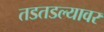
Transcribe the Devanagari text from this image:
तडतडल्यावर